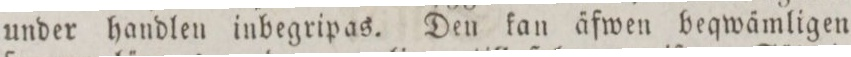
under handlen inbegripas. Den kan äfwen beqwämligen